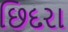
છિદરા